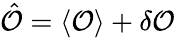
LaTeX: \hat{\mathcal{O}}=\langle\mathcal{O}\rangle+\delta\mathcal{O}